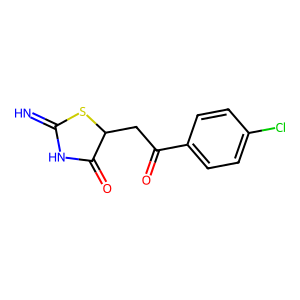
SMILES: N=C1NC(=O)C(CC(=O)c2ccc(Cl)cc2)S1
Inhibits HIV replication: No